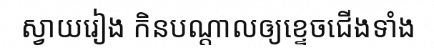
ស្វាយរៀង កិនបណ្តាលឲ្យខ្ទេចជើងទាំង